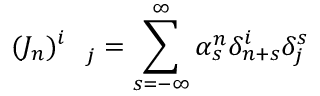
( J _ { n } ) _ { \quad j } ^ { i } = \sum _ { s = - \infty } ^ { \infty } \alpha _ { s } ^ { n } \delta _ { n + s } ^ { i } \delta _ { j } ^ { s }